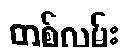
တစ်လမ်း